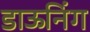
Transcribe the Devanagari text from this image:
डाऊनिंग